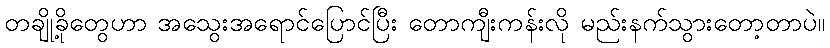
တချို့ခိုတွေဟာ အသွေးအရောင်ပြောင်ပြီး တောကျီးကန်းလို မည်းနက်သွားတော့တာပဲ။